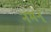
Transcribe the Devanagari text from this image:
नमन्